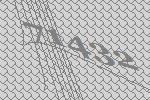
71432